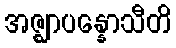
အဇ္ဈာပန္နောသီတိ